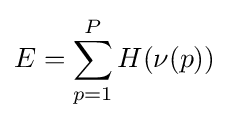
E=\sum _{p=1}^{P}H(\nu (p))